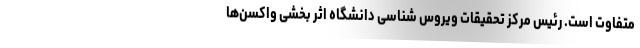
متفاوت است. رئیس مرکز تحقیقات ویروس شناسی دانشگاه اثر بخشی واکسن‌ها